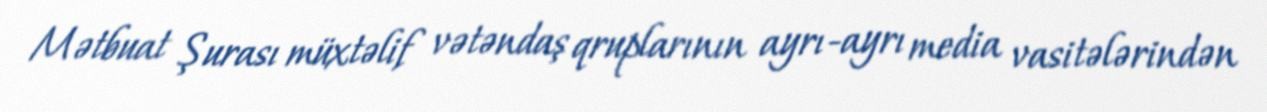
Mətbuat Şurası müxtəlif vətəndaş qruplarının ayrı-ayrı media vasitələrindən